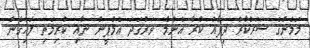
މަމެންގެ ސަރުކާރު ދިފާއު ކުރާ އެންމެ ވަރުގަދަ އެމްޕީން ނާއި ކުރިމަތި ލައިގެން